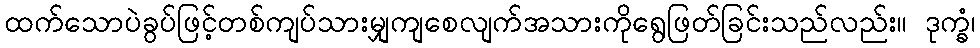
ထက်သောပဲခွပ်ဖြင့်တစ်ကျပ်သားမျှကျစေလျက်အသားကိုရွေဖြတ်ခြင်းသည်လည်း။ ဒုက္ခံ၊